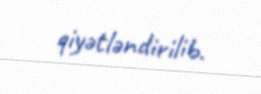
qiyətləndirilib.